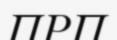
ПРП